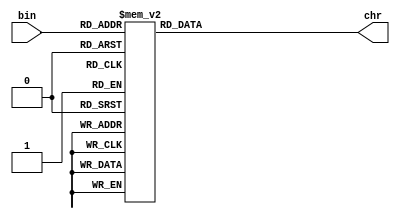
module Bin2Chr(bin, chr);
	input [2:0] bin;
	output reg [7:0] chr;
	
	always @(*) begin
		case (bin)
			3'b000: chr <= 8'd48; // 0
			3'b001: chr <= 8'd49; // 1
			3'b010: chr <= 8'd50; // 2
			3'b011: chr <= 8'd51; // 3
			3'b100: chr <= 8'd52; // 4
			3'b101: chr <= 8'd53; // 5
			3'b110: chr <= 8'd54; // 6
			3'b111: chr <= 8'd55; // 7
			default: chr <= 8'd42; // *
		endcase
	end
	
endmodule